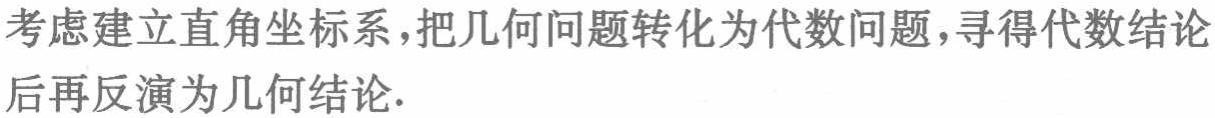
考虑建立直角坐标系，把几何问题转化为代数问题，寻得代数结论后再反演为几何结论.